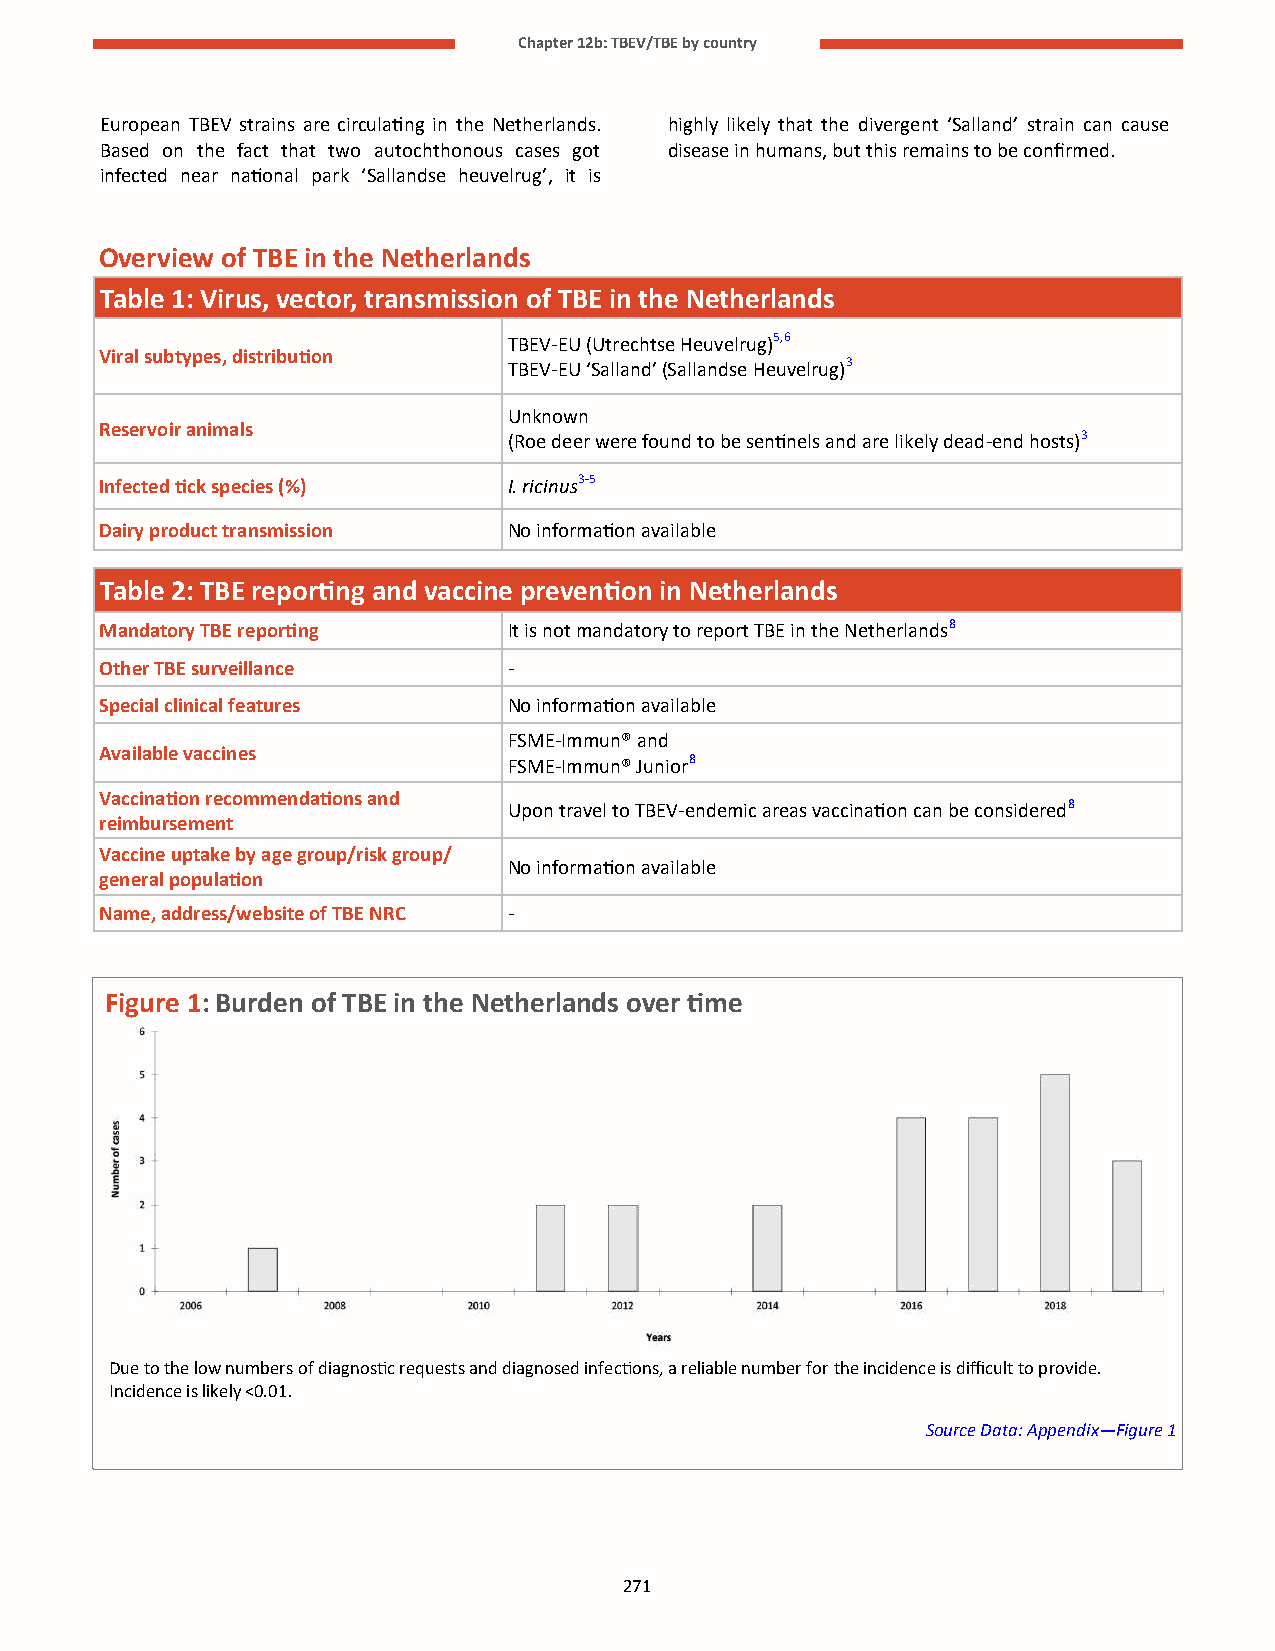
Chapter 12b: TBEV/TBE by country
 European TBEV strains are circulating in the Netherlands. highly likely that the divergent ‘Salland’ strain can cause
 Based on the fact that two autochthonous cases got disease in humans, but this remains to be confirmed.
 infected near national park ‘Sallandse heuvelrug’, it is
 Overview of TBE in the Netherlands
 Table 1: Virus, vector, transmission of TBE in the Netherlands
 TBEV-EU (Utrechtse Heuvelrug)5,6
 Viral subtypes, distribution
 TBEV-EU ‘Salland’ (Sallandse Heuvelrug)3
 Unknown
 Reservoir animals
 (Roe deer were found to be sentinels and are likely dead-end hosts)3
 Infected tick species (%)  I. ricinus3-5
 Dairy product transmission No information available
 Table 2: TBE reporting and vaccine prevention in Netherlands
 Mandatory TBE reporting    It is not mandatory to report TBE in the Netherlands8
 Other TBE surveillance     -
 Special clinical features  No information available
 FSME-Immun® and
 Available vaccines
 FSME-Immun® Junior8
 Vaccination recommendations and
 Upon travel to TBEV-endemic areas vaccination can be considered8
 reimbursement
 Vaccine uptake by age group/risk group/
 No information available
 general population
 Name, address/website of TBE NRC -
 Figure 1: Burden of TBE in the Netherlands over time
 Due to the low numbers of diagnostic requests and diagnosed infections, a reliable number for the incidence is difficult to provide.
 Incidence is likely <0.01.
 Source Data: Appendix—Figure 1
 271